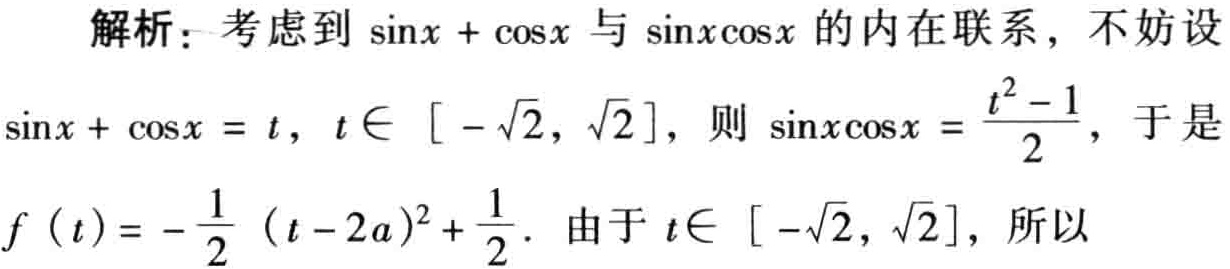
解析：考虑到\(\sin x + \cos x\)与\(\sin x\cos x\)的内在联系，不妨设
\(\sin x + \cos x = t\)，\(t\in [ -\sqrt{2}, \sqrt{2}]\)，则\(\sin x\cos x = \frac{t^{2} - 1}{2}\)，于是
\(f(t)=-\frac{1}{2}(t - 2a)^{2}+\frac{1}{2}\)。由于\(t\in [ -\sqrt{2}, \sqrt{2}]\)，所以